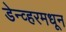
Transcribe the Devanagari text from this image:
डेन्व्हरमधून